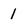
Character: 1